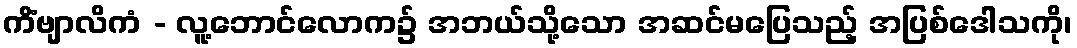
ကိံဗျာလိကံ - လူ့ဘောင်လောက၌ အဘယ်သို့သော အဆင်မပြေသည့် အပြစ်ဒေါသကို၊